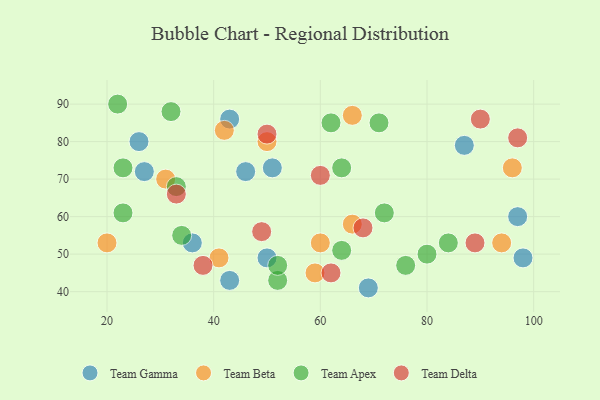
{"axis": {"x": "GDP", "y": "Life Expectancy"}, "legend": ["Team Apex", "Team Beta", "Team Delta", "Team Gamma"], "data": [{"x": "26", "y": 80, "type": "Team Gamma"}, {"x": "36", "y": 53, "type": "Team Gamma"}, {"x": "98", "y": 49, "type": "Team Gamma"}, {"x": "87", "y": 79, "type": "Team Gamma"}, {"x": "69", "y": 41, "type": "Team Gamma"}, {"x": "43", "y": 86, "type": "Team Gamma"}, {"x": "46", "y": 72, "type": "Team Gamma"}, {"x": "50", "y": 49, "type": "Team Gamma"}, {"x": "97", "y": 60, "type": "Team Gamma"}, {"x": "43", "y": 43, "type": "Team Gamma"}, {"x": "27", "y": 72, "type": "Team Gamma"}, {"x": "51", "y": 73, "type": "Team Gamma"}, {"x": "31", "y": 70, "type": "Team Beta"}, {"x": "59", "y": 45, "type": "Team Beta"}, {"x": "66", "y": 87, "type": "Team Beta"}, {"x": "20", "y": 53, "type": "Team Beta"}, {"x": "41", "y": 49, "type": "Team Beta"}, {"x": "60", "y": 53, "type": "Team Beta"}, {"x": "94", "y": 53, "type": "Team Beta"}, {"x": "42", "y": 83, "type": "Team Beta"}, {"x": "66", "y": 58, "type": "Team Beta"}, {"x": "50", "y": 80, "type": "Team Beta"}, {"x": "96", "y": 73, "type": "Team Beta"}, {"x": "32", "y": 88, "type": "Team Apex"}, {"x": "34", "y": 55, "type": "Team Apex"}, {"x": "52", "y": 43, "type": "Team Apex"}, {"x": "84", "y": 53, "type": "Team Apex"}, {"x": "52", "y": 47, "type": "Team Apex"}, {"x": "33", "y": 68, "type": "Team Apex"}, {"x": "23", "y": 61, "type": "Team Apex"}, {"x": "76", "y": 47, "type": "Team Apex"}, {"x": "23", "y": 73, "type": "Team Apex"}, {"x": "22", "y": 90, "type": "Team Apex"}, {"x": "62", "y": 85, "type": "Team Apex"}, {"x": "71", "y": 85, "type": "Team Apex"}, {"x": "64", "y": 51, "type": "Team Apex"}, {"x": "64", "y": 73, "type": "Team Apex"}, {"x": "72", "y": 61, "type": "Team Apex"}, {"x": "80", "y": 50, "type": "Team Apex"}, {"x": "33", "y": 66, "type": "Team Delta"}, {"x": "90", "y": 86, "type": "Team Delta"}, {"x": "60", "y": 71, "type": "Team Delta"}, {"x": "49", "y": 56, "type": "Team Delta"}, {"x": "62", "y": 45, "type": "Team Delta"}, {"x": "38", "y": 47, "type": "Team Delta"}, {"x": "68", "y": 57, "type": "Team Delta"}, {"x": "50", "y": 82, "type": "Team Delta"}, {"x": "97", "y": 81, "type": "Team Delta"}, {"x": "89", "y": 53, "type": "Team Delta"}]}